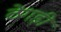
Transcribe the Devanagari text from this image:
ठेगड़ी